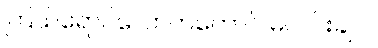
ကြယ်ရောင်လောက်တောင် မလင်းချင်။